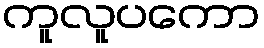
ကူလူပကော